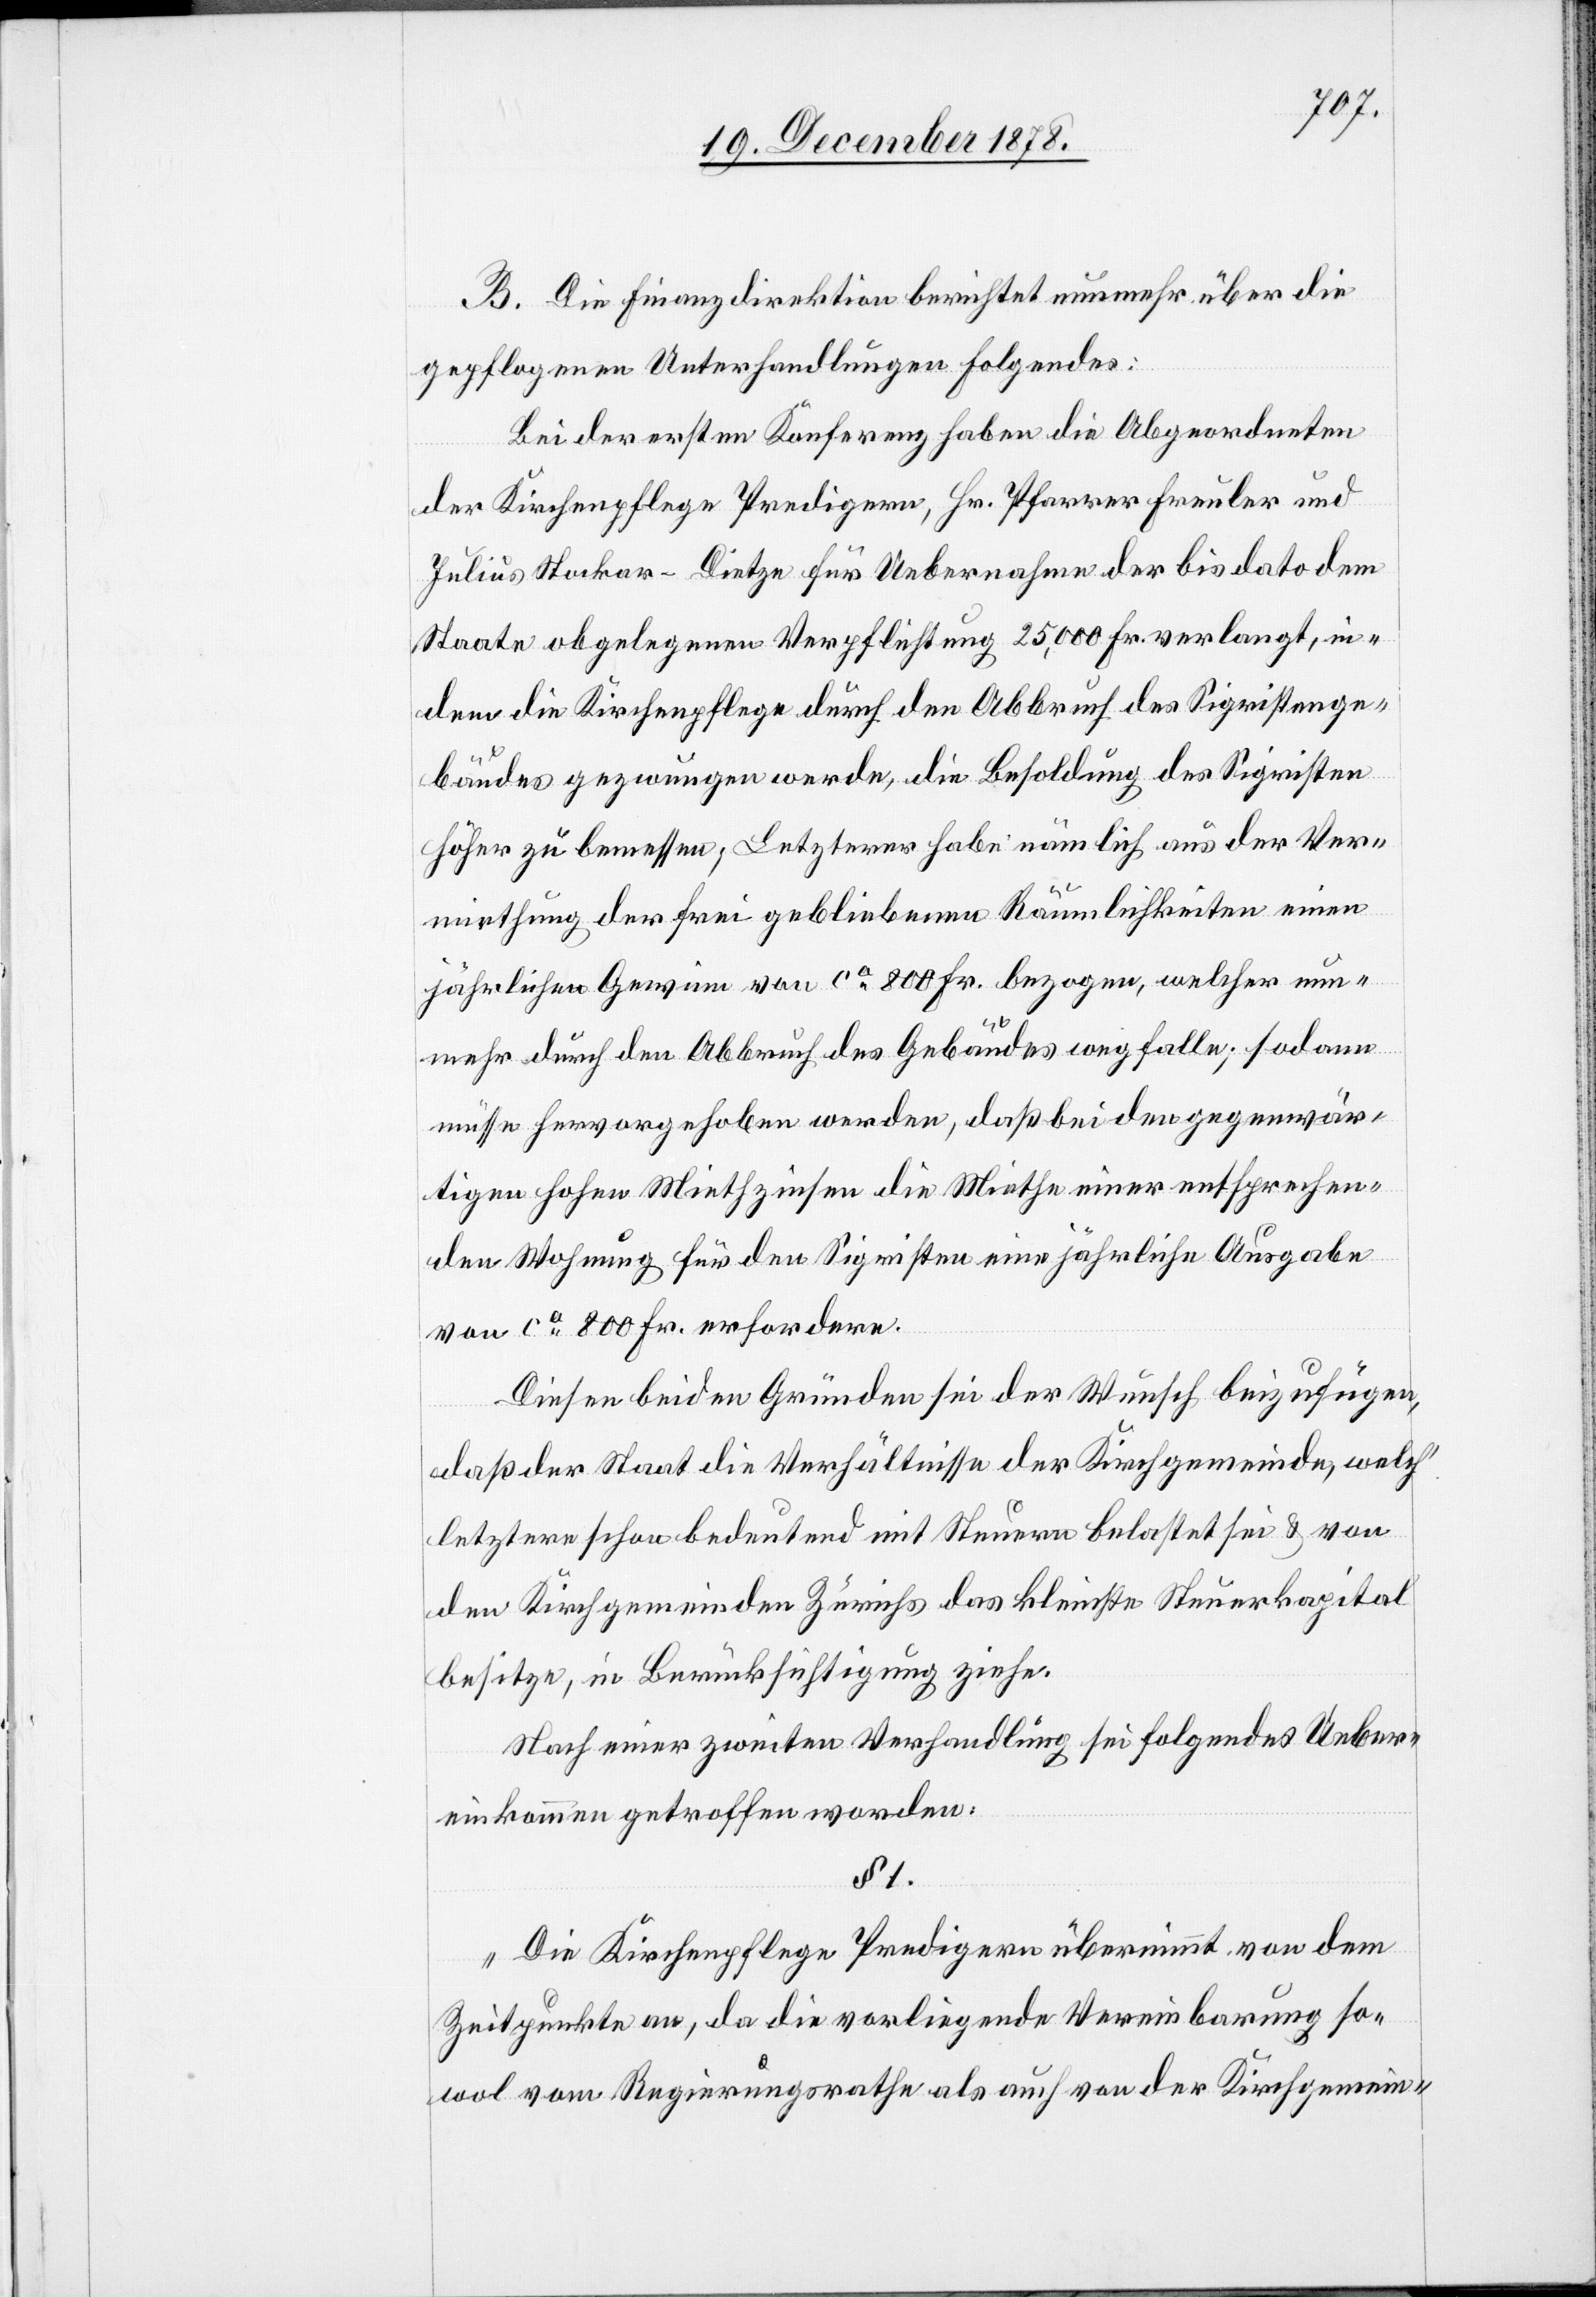
B. Die Finanzdirektion berichtet nunmehr über die
gepflogenen Unterhandlungen folgendes:
Bei der ersten Konferenz haben die Abgeordneten
der Kirchenpflege Predigern, Hr. Pfarrer Freuler und
Julius Stockar-Dietze für Uebernahme der bis dato dem
Staate obgelegenen Verpflichtung 25,000 Fr. verlangt, in¬
dem die Kirchenpflege durch den Abbruch des Sigristenge¬
bäudes gezwungen werde, die Besoldung des Sigristen
höher zu bemessen; Letzteres habe nämlich aus der Ver¬
miethung der frei gebliebenen Räumlichkeiten einen
jährlichen Gewinn von ca 800 Fr. bezogen, welcher nun¬
mehr durch den Abbruch des Gebäudes wegfalle; sodann
müsse hervorgehoben werden, daß bei den gegenwär¬
tigen hohen Miethzinsen die Miethe einer entsprechen¬
den Wohnung für den Sigristen eine jährliche Ausgabe
von ca 800 Fr. erfordere.
Diesen beiden Gründen sei der Wunsch beizufügen,
daß der Staat die Verhältnisse der Kirchgemeinde, welch’
letztere schon bedeutend mit Steuern belastet sei & von
den Kirchgemeinden Zürichs das kleinste Steuerkapital
besitze, in Berücksichtigung ziehe.
Nach einer zweiten Verhandlung sei folgendes Ueber¬
einkommen getroffen worden:
§ 1.
„Die Kirchenpflege Predigern übernimmt von dem
Zeitpunkte an, da die vorliegende Vereinbarung so¬
wol vom Regierungsrathe als auch von der Kirchgemein-